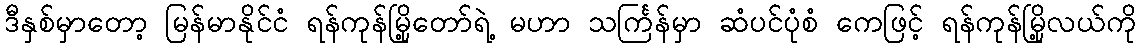
ဒီနှစ်မှာတော့ မြန်မာနိုင်ငံ ရန်ကုန်မြို့တော်ရဲ့ မဟာ သင်္ကြန်မှာ ဆံပင်ပုံစံ ကေဖြင့် ရန်ကုန်မြို့လယ်ကို